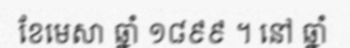
ខែមេសា ឆ្នាំ ១៨៩៩ ។ នៅ ឆ្នាំ